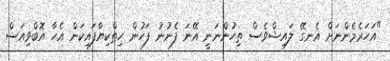
"އަހަރެމެންނަށް އެނގޭ ލައިޝްވެސް ތިހުންނަނީ އޭނަ ފެނުނު ފަހުން ހިތްކިޔާފައިކަން އެހާ އޮބްވިއަސް